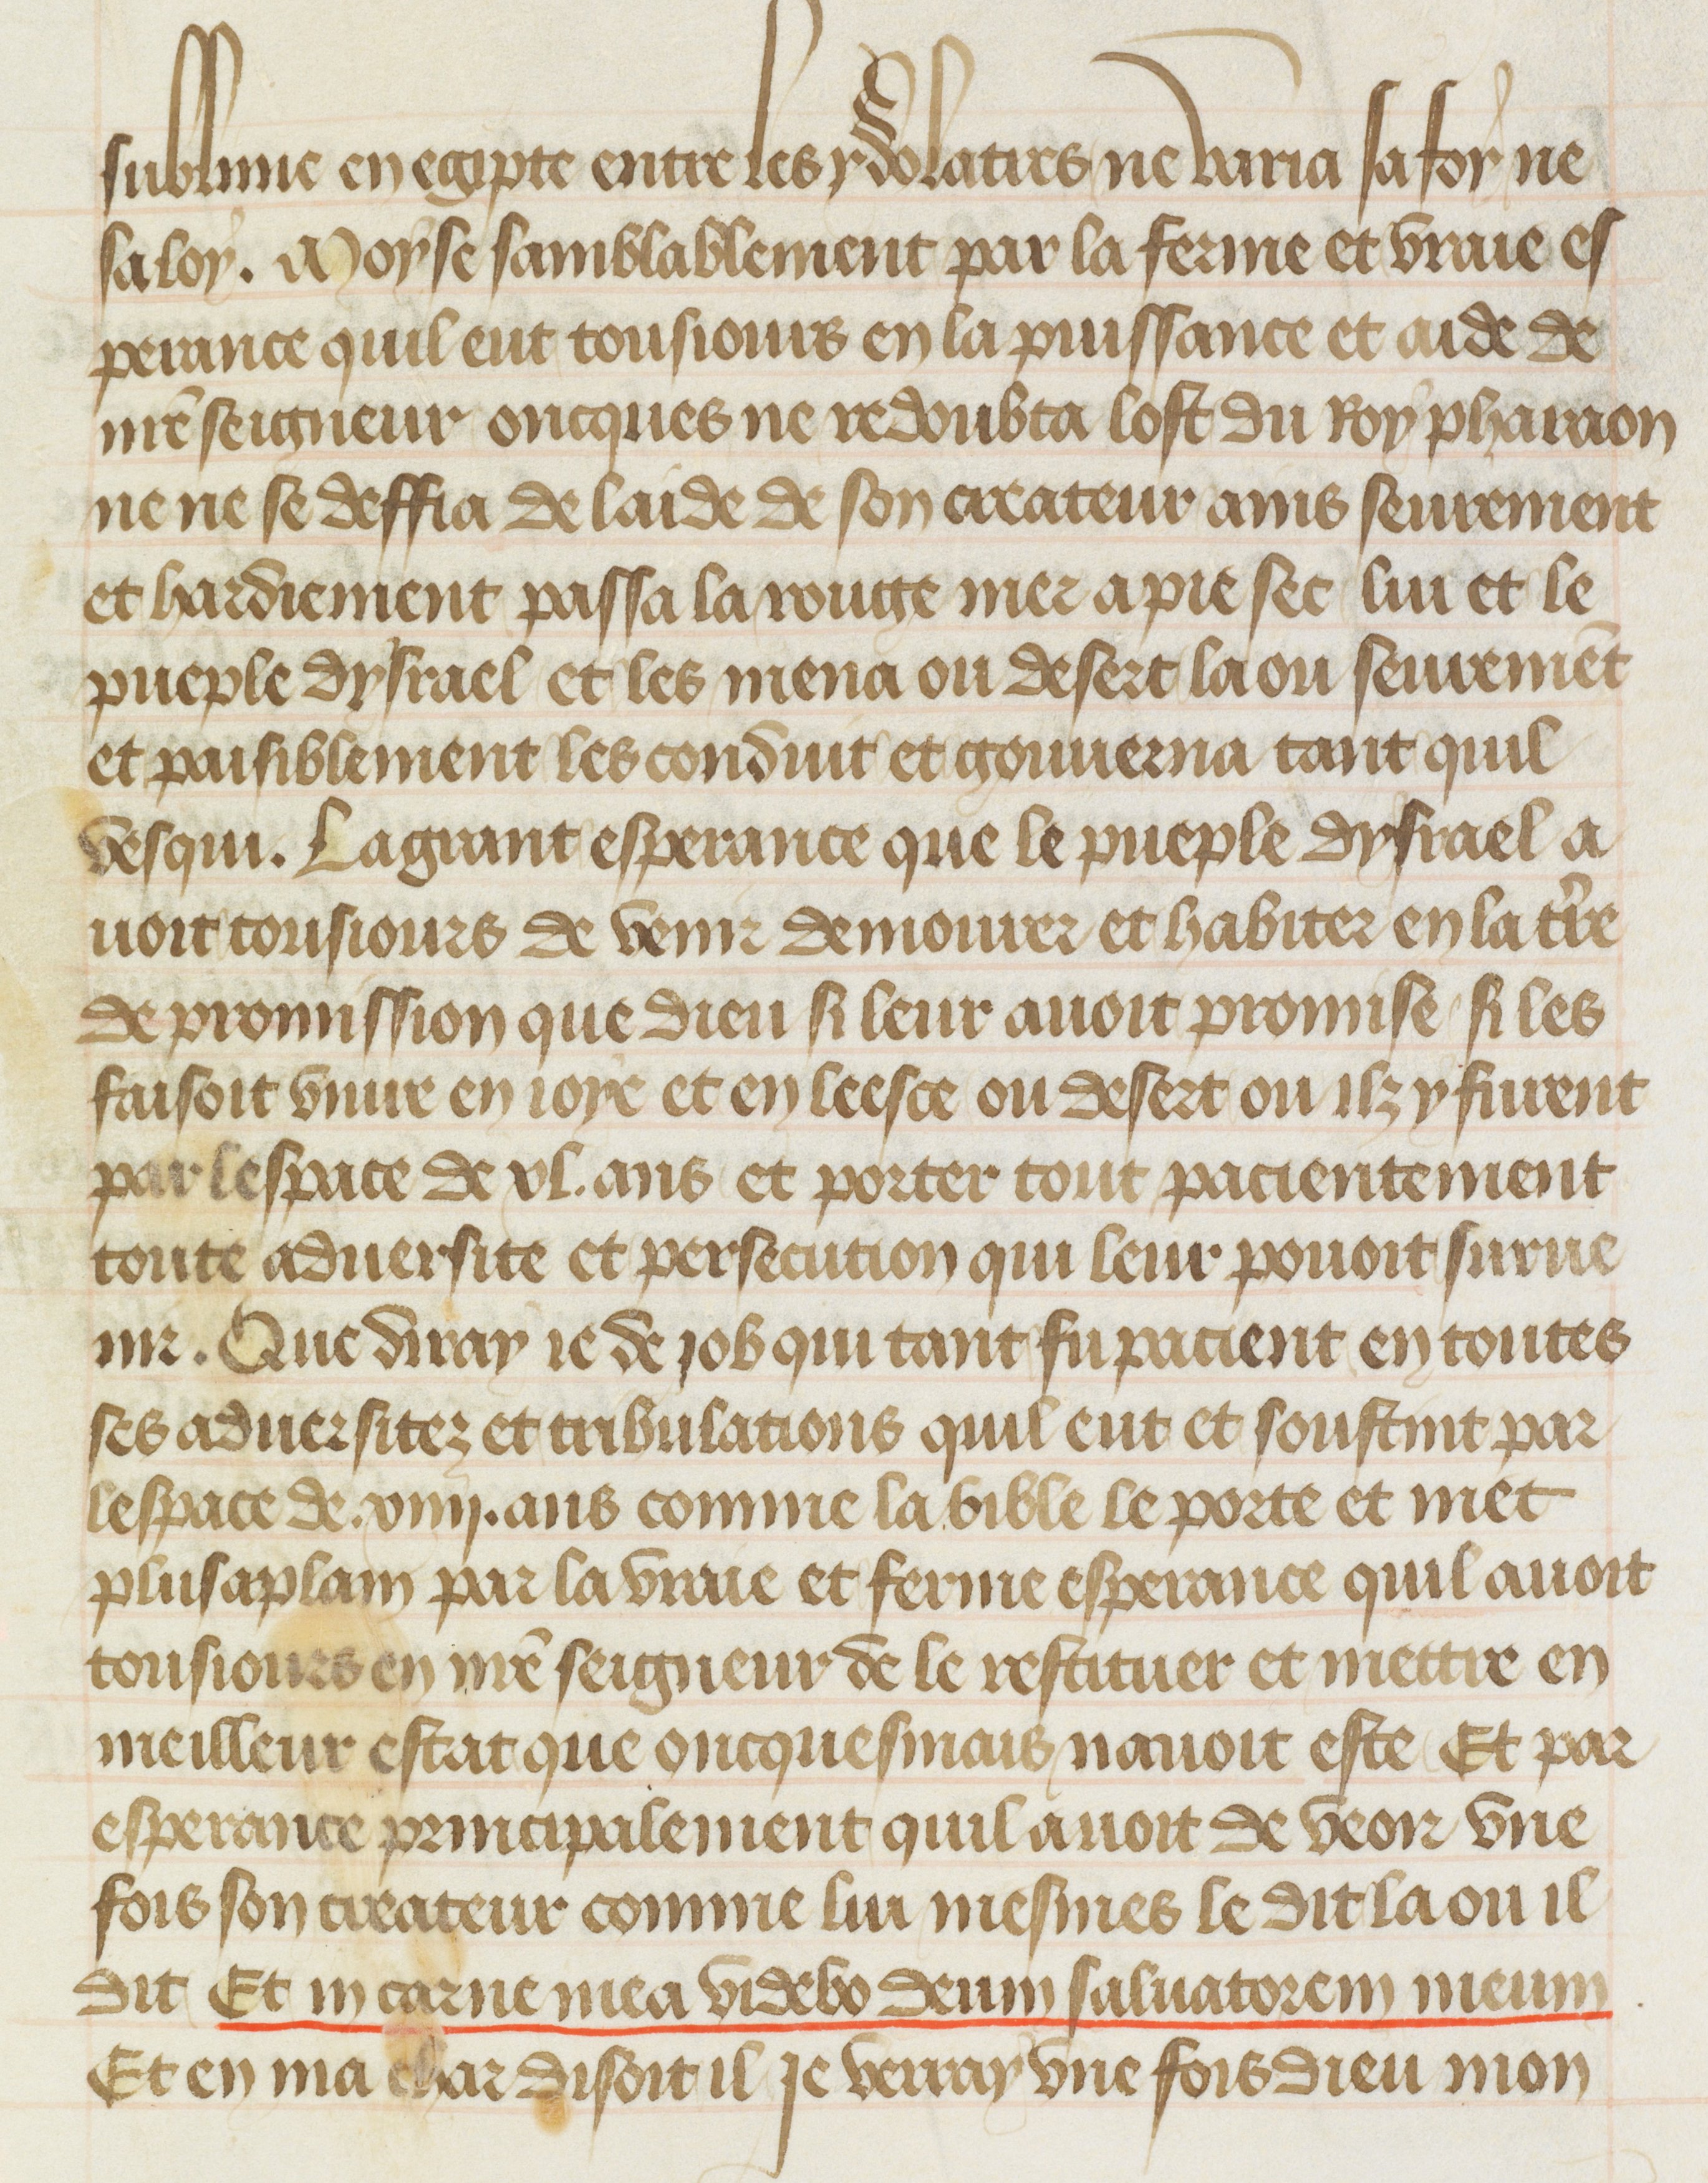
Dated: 1412–1415